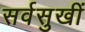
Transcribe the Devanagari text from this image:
सर्वसुखीं